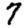
Digit: 7